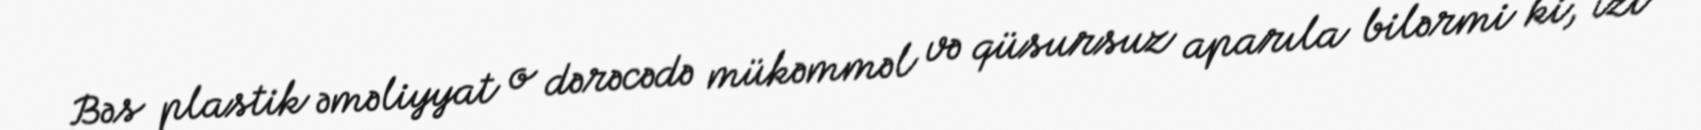
Bəs plastik əməliyyat o dərəcədə mükəmməl və qüsursuz aparıla bilərmi ki, izi